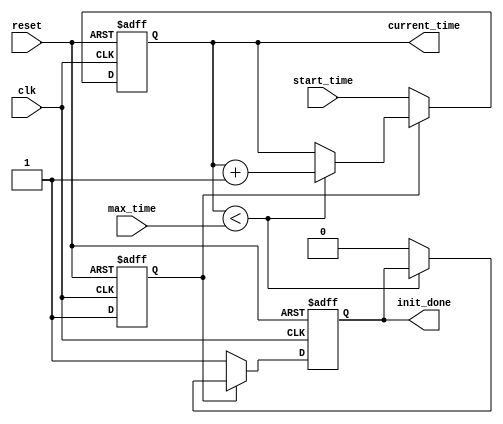
module simulation_time_initialization (
    input wire clk,                // Clock signal
    input wire reset,              // Reset signal
    input wire [31:0] start_time,  // Initial time value
    input wire [31:0] max_time,    // Maximum simulation time
    output reg [31:0] current_time, // Current simulation time
    output reg init_done           // Initialization done flag
);
    
    // Internal state variables
    reg [31:0] time_counter;        // Counter to track time progression
    reg initialized;                // Initialization state

    // Initialization block
    initial begin
        current_time = 0;
        time_counter = 0;
        init_done = 0;
        initialized = 0;
    end

    // Main simulation time control
    always @(posedge clk or posedge reset) begin
        if (reset) begin
            // Reset state
            current_time <= 0;
            time_counter <= 0;
            init_done <= 0;
            initialized <= 0;
        end else if (!initialized) begin
            // Set the current time to start_time on first clock after initialization
            current_time <= start_time;
            time_counter <= start_time;
            initialized <= 1;
            init_done <= 1; // Mark initialization as done
        end else begin
            // Increment current_time based on some defined time interval
            if (current_time < max_time) begin
                current_time <= current_time + 1; // Increment by 1 time unit
            end else begin
                // Termination condition met
                init_done <= 0; // Reset init_done to indicate termination
            end
        end
    end

endmodule